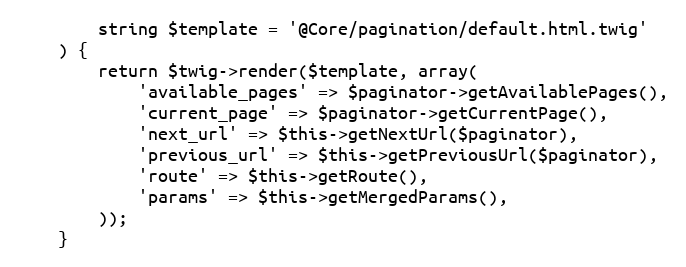
Language: PHP
        string $template = '@Core/pagination/default.html.twig'
    ) {
        return $twig->render($template, array(
            'available_pages' => $paginator->getAvailablePages(),
            'current_page' => $paginator->getCurrentPage(),
            'next_url' => $this->getNextUrl($paginator),
            'previous_url' => $this->getPreviousUrl($paginator),
            'route' => $this->getRoute(),
            'params' => $this->getMergedParams(),
        ));
    }